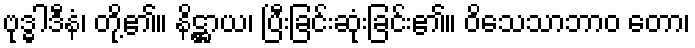
ဗုဒ္ဓါဒီနံ၊ တို့၏။ နိဋ္ဌာယ၊ ပြီးခြင်းဆုံးခြင်း၏။ ဝိသေသာဘာဝ တော၊